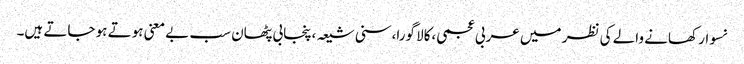
نسوار کھانے والے کی نظر میں عربی عجمی،کالا گورا،سنی شیعہ،پنجابی پٹھان سب بے معنی ہوتے ہو جاتے ہیں۔